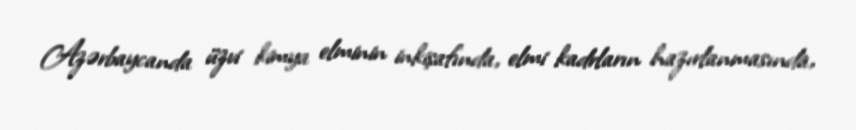
Azərbaycanda üzvi kimya elminin inkişafında, elmi kadrların hazırlanmasında,